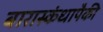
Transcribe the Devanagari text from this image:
बारास्कंधापैकी